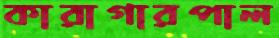
কারাগারপাল